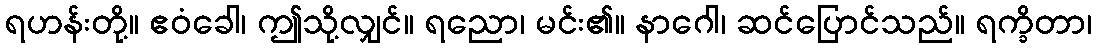
ရဟန်းတို့။ ဧဝံခေါ၊ ဤသို့လျှင်။ ရညော၊ မင်း၏။ နာဂေါ၊ ဆင်ပြောင်သည်။ ရက္ခိတာ၊